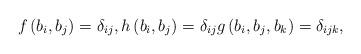
LaTeX: \begin{align*}f\left( b_{i},b_{j}\right) =\delta _{ij},h\left( b_{i},b_{j}\right)=\delta _{ij}g\left( b_{i},b_{j},b_{k}\right) =\delta_{ijk},\end{align*}